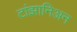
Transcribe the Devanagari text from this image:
टांझानिअन